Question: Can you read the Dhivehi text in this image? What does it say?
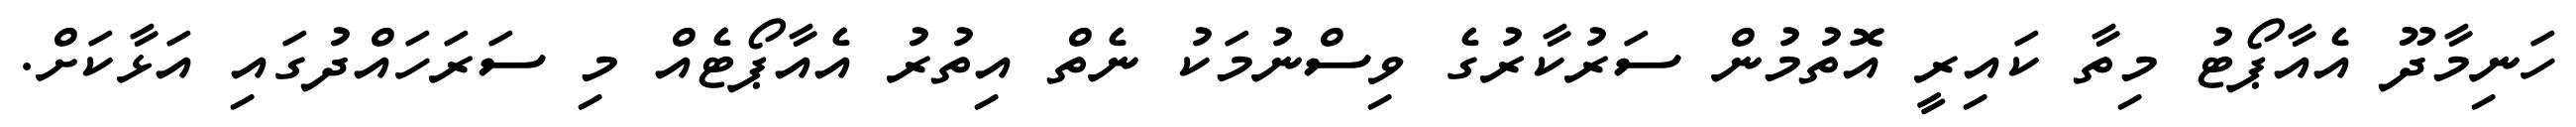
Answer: ހަނިމާދޫ އެއާޕޯޓު މިތާ ކައިރީ އޮތުމުން ސަރުކާރުގެ ވިސްނުމަކު ނެތް އިތުރު އެއާޕޯޓެއް މި ސަރަހައްދުގައި އަޅާކަށް.